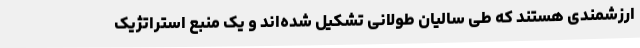
ارزشمندی هستند که طی سالیان طولانی تشکیل شده‌اند و یک منبع استراتژیک